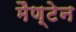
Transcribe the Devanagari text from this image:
मैण्टेन